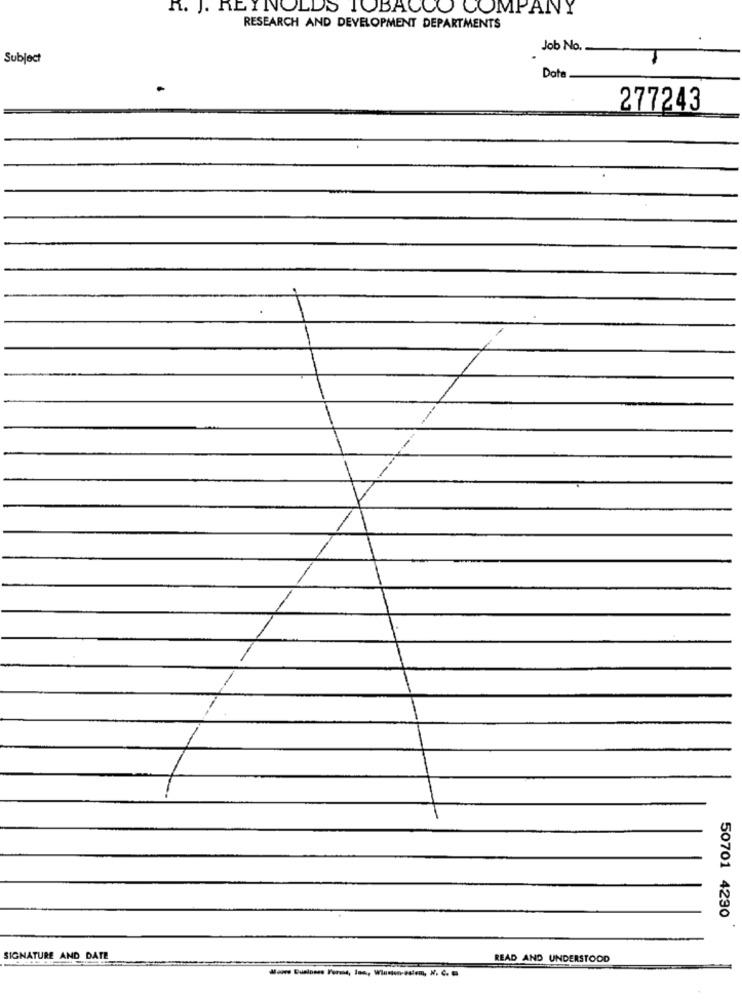
R. J. REYNOLDS TOBACCO COMPANY
RESEARCH AND DEVELOPMENT DEPARTMENTS
Job No.
Subject
Data
277243
50701 4290
SIGNATURE AND DATE
READ AND UNDERSTOOD